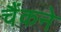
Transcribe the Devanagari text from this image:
चैंकने